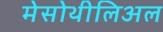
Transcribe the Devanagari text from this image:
मेसोथीलिअल